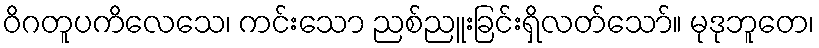
ဝိဂတူပကိလေသေ၊ ကင်းသော ညစ်ညူးခြင်းရှိလတ်သော်။ မုဒုဘူတေ၊